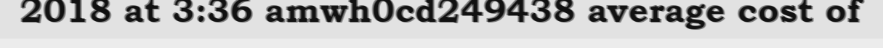
2018 at 3:36 amwh0cd249438 average cost of